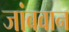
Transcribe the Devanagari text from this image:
जांबवान